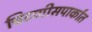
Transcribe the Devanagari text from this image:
चिटणीसपार्कात